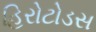
હિરોટોડસ